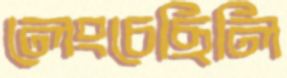
লেংচেছিলি